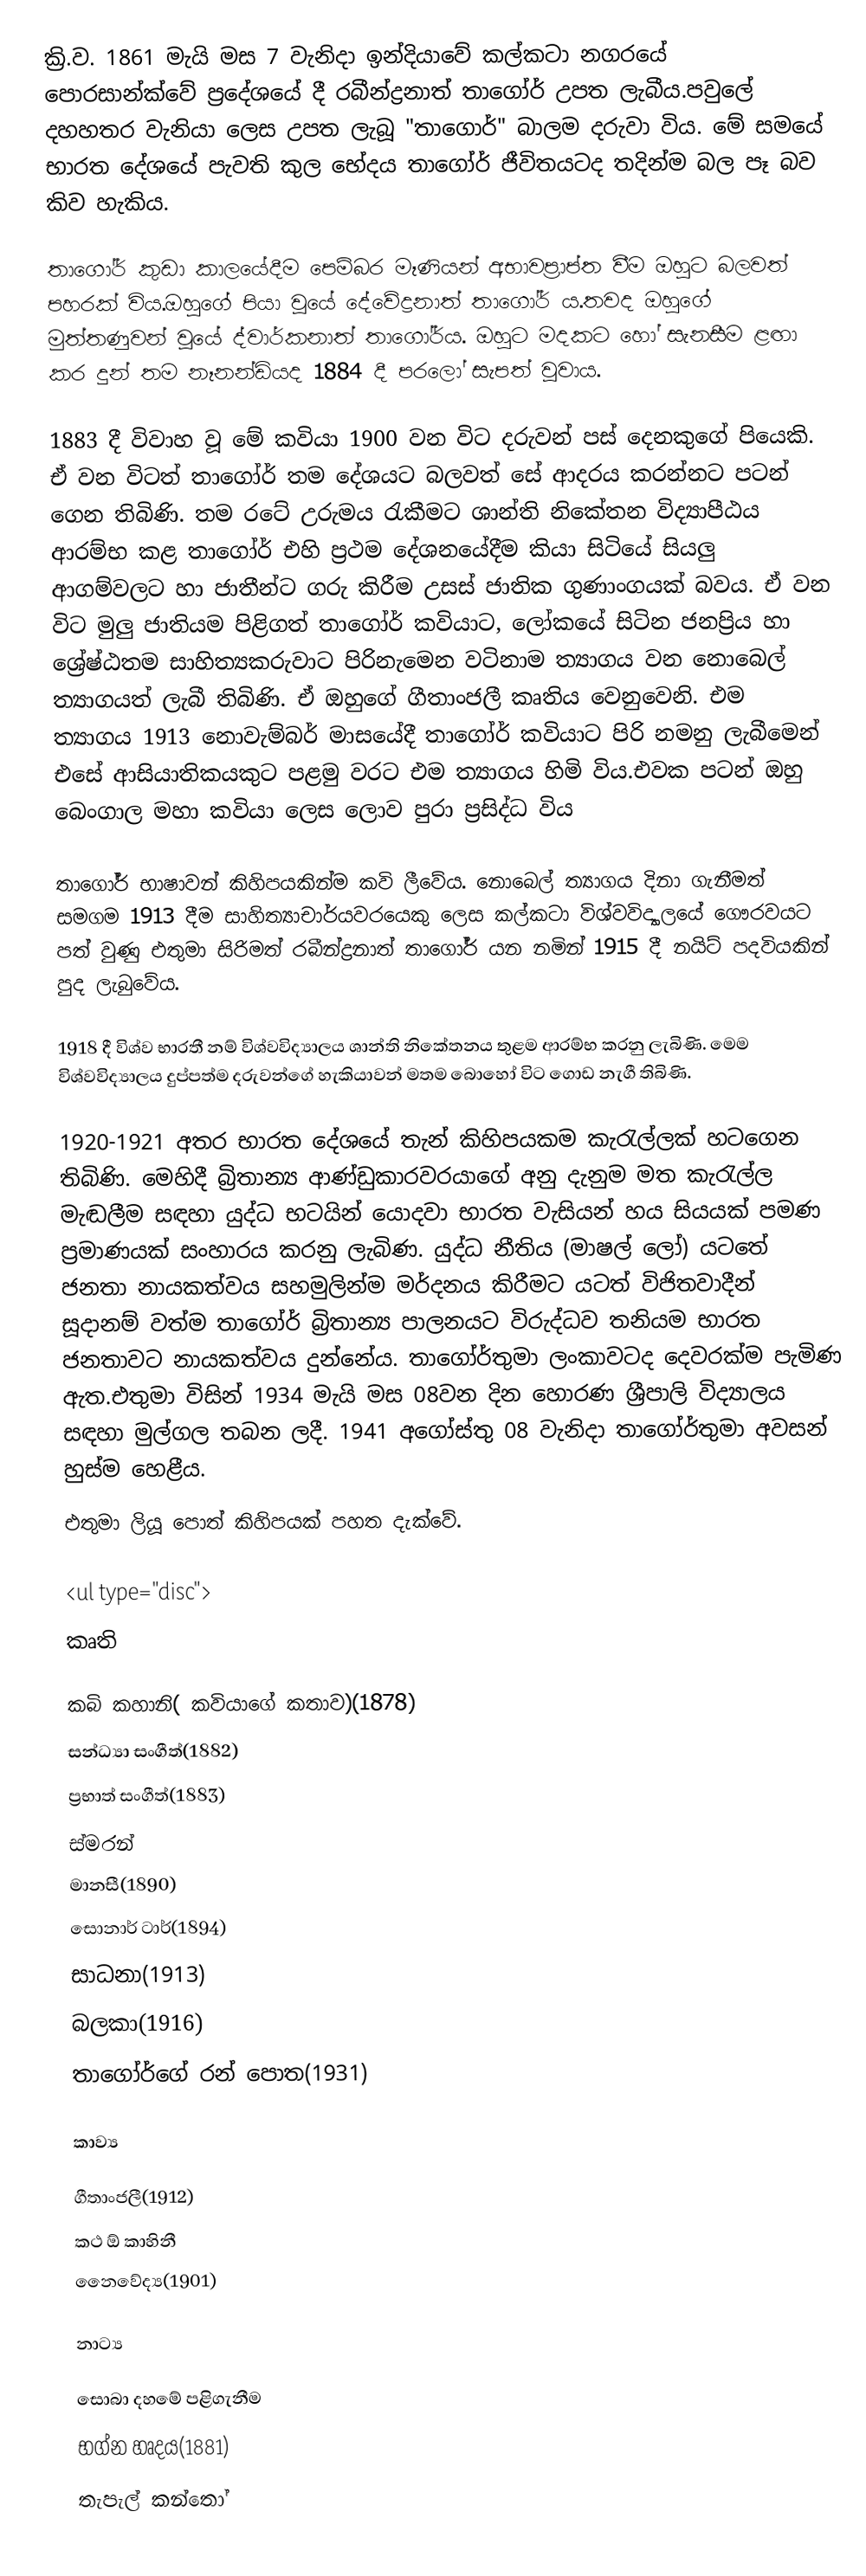
ක්‍රි.ව. 1861 මැයි මස 7 වැනිදා ඉන්දියාවේ කල්කටා නගරයේ පොරසාන්ක්‌වේ ප්‍රදේශයේ දී රබීන්ද්‍රනාත් තාගෝර් උපත ලැබීය.පවුලේ දහහතර වැනියා ලෙස උපත ලැබූ "තාගොර්"  බාලම දරුවා විය. මේ සමයේ භාරත දේශයේ පැවති කුල භේදය තාගෝර් ජීවිතයටද තදින්ම බල පෑ බව‌ කිව හැකිය.

තාගෝර් කුඩා කාලයේදීම පෙම්බර මෑණියන් අභාවප්‍රාප්ත වීම ඔහුට බලවත් පහරක්‌ විය.ඔහුගේ පියා වූයේ දේවේද්‍රනාත් තාගෝර් ය.තවද ඔහුගේ මුත්තණුවන් වූයේ ද්වාර්කනාත් තාගෝර්ය. ඔහුට මදකට හෝ සැනසීම ළඟා කර දුන් තම නෑනන්ඩියද 1884 දී පරලෝ සැපත් වූවාය.

1883 දී විවාහ වූ මේ කවියා 1900 වන විට දරුවන් පස්‌ දෙනකුගේ පියෙකි. ඒ වන විටත් තාගෝර් තම දේශයට බලවත් සේ ආදරය කරන්නට පටන් ගෙන තිබිණි. තම රටේ උරුමය රැකීමට ශාන්ති නිකේතන විද්‍යාපීඨය ආරම්භ කළ තාගෝර් එහි ප්‍රථම දේශනයේදීම කියා සිටියේ සියලු ආගම්වලට හා ජාතීන්ට ගරු කිරීම උසස්‌ ජාතික ගුණාංගයක්‌ බවය. ඒ වන විට මුලු ජාතියම පිළිගත් තාගෝර් කවියාට, ලෝකයේ සිටින ජනප්‍රිය හා ශ්‍රේෂ්ඨතම සාහිත්‍යකරුවාට පිරිනැමෙන වටිනාම ත්‍යාගය වන නොබෙල් ත්‍යාගයත් ලැබී තිබිණි. ඒ ඔහුගේ ගීතාංජලී කෘතිය වෙනුවෙනි. එම ත්‍යාගය 1913 නොවැම්බර් මාසයේදී තාගෝර් කවියාට පිරි නමනු ලැබීමෙන් එසේ ආසියාතිකයකුට පළමු වරට එම ත්‍යාගය හිමි විය.එවක පටන් ඔහු බෙංගාල මහා කවියා ලෙස ලොව පුරා ප්‍රසිද්ධ විය

තාගෝර් භාෂාවන් කිහිපයකින්ම කවි ලීවේය. නොබෙල් ත්‍යාගය දිනා ගැනීමත් සමගම 1913 දීම සාහිත්‍යාචාර්යවරයෙකු ලෙස කල්කටා විශ්වවිද්‍යාලයේ ගෞරවයට පත් වුණු එතුමා සිරිමත් රබීන්ද්‍රනාත් තාගෝර් යන නමින් 1915 දී නයිට්‌ පදවියකින් පුද ලැබුවේය.

1918 දී විශ්ව භාරතී නම් විශ්වවිද්‍යාලය ශාන්ති නිකේතනය තුළම ආරම්භ කරනු ලැබිණි. මෙම විශ්වවිද්‍යාලය දුප්පත්ම දරුවන්ගේ හැකියාවන් මතම බොහෝ විට ගොඩ නැගී තිබිණි.

1920-1921 අතර භාරත දේශයේ තැන් කිහිපයකම කැරැල්ලක්‌ හටගෙන තිබිණි. මෙහිදී බ්‍රිතාන්‍ය ආණ්‌ඩුකාරවරයාගේ අනු දැනුම මත කැරැල්ල මැඬලීම සඳහා යුද්ධ භටයින් යොදවා භාරත වැසියන් හය සියයක්‌ පමණ ප්‍රමාණයක් සංහාරය කරනු ලැබිණ. යුද්ධ නීතිය (මාෂල් ලෝ) යටතේ ජනතා නායකත්වය සහමුලින්ම මර්දනය කිරීමට යටත් විජිතවාදීන් සූදානම් වත්ම තාගෝර් බ්‍රිතාන්‍ය පාලනයට විරුද්ධව තනියම භාරත ජනතාවට නායකත්වය දුන්නේය. තාගෝර්තුමා ලංකාවටද දෙවරක්‌ම පැමිණ ඇත.එතුමා විසින් 1934 මැයි මස 08වන දින හොරණ ශ්‍රීපාලි විද්‍යාලය සඳහා මුල්ගල තබන ලදී.  1941 අගෝස්‌තු 08 වැනිදා තාගෝර්තුමා අවසන් හුස්‌ම හෙළීය.
එතුමා ලියූ පොත් කිහිපයක් පහත දැක්වේ.

<ul type="disc">
කෘති

 කබි කහානි( කවියාගේ කතාව)(1878)
 සන්ධ්‍යා සංගීත්(1882)
 ප්‍රභාත් සංගීත්(1883)
 ස්මරන්
 මානසී(1890)
සොනාර් ටාර්(1894)
 සාධනා(1913)
 බලකා(1916)
 තාගෝර්ගේ රන් පොත(1931)

කාව්‍ය

 ගීතාංජලී(1912)
 කථ ඕ කාහිනී
 නෛවේද්‍ය(1901)

නාට්‍ය

 සොබා දහමේ පළිගැනීම
 භග්න හෘදය(1881)
 තැපැල් කන්තෝ